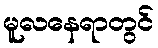
မူလနေရာတွင်